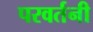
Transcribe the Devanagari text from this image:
परवर्तनी